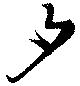
夕